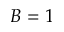
B = 1